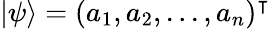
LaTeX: |\psi\rangle=(a_{1},a_{2},...,a_{n})^{\intercal}